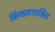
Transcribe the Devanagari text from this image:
किंग्डमशासित